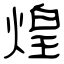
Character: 煌